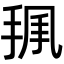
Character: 𢭥